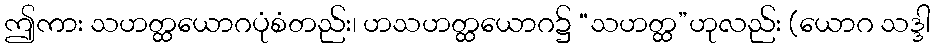
ဤကား သဟတ္ထယောဂပုံစံတည်း၊ ဟသဟတ္ထယောဂ၌ “သဟတ္ထ”ဟုလည်း (ယောဂ သဒ္ဒါ